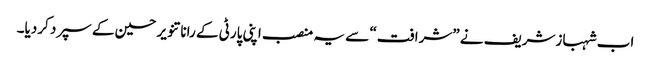
اب شہبازشریف نے ”شرافت“ سے یہ منصب اپنی پارٹی کے رانا تنویر حسین کے سپرد کردیا۔